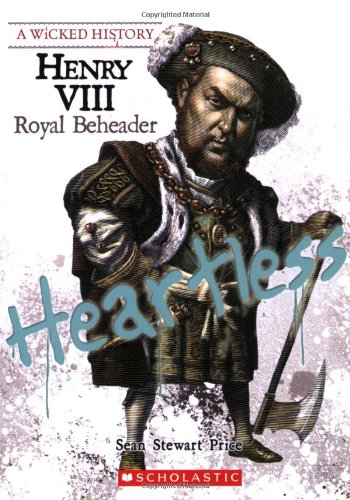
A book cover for Henry VIII: Royal Beheader (Wicked History); Sean Stewart Price; Teen & Young Adult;